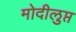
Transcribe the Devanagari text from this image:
मोदीलुप्त